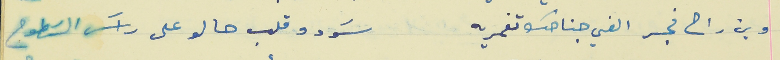
وين راح فجر الفي جناحك تغمريه                           سوَد وقلب حالو على راسَ السَطوح